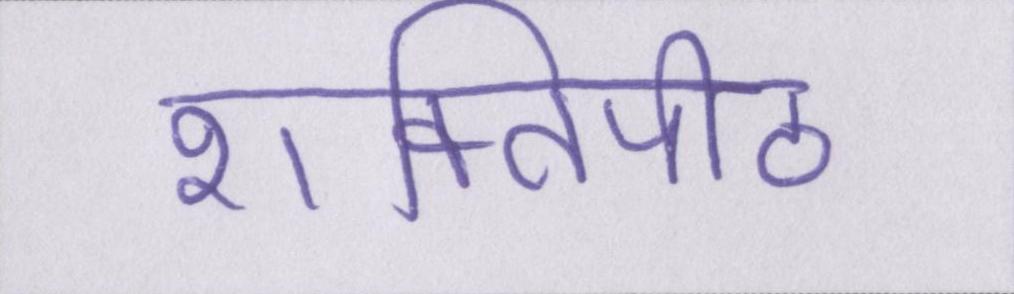
शक्तिपीठ